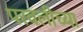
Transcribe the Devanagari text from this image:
परवलीच्या